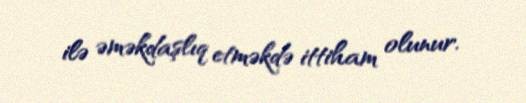
ilə əməkdaşlıq etməkdə ittiham olunur.